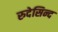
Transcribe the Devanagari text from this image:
रुदेसिन्द